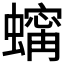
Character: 𧑶